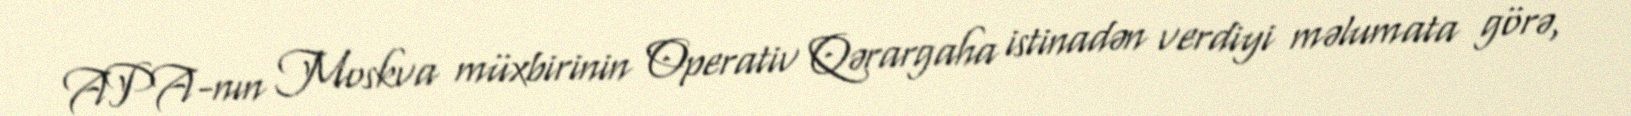
APA-nın Moskva müxbirinin Operativ Qərargaha istinadən verdiyi məlumata görə,